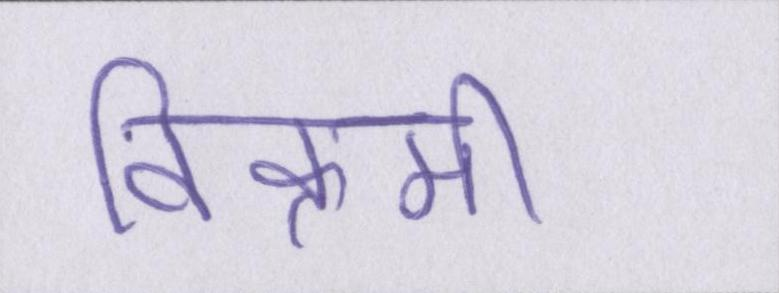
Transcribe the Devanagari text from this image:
विक्रमी